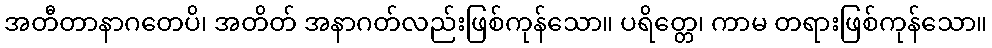
အတီတာနာဂတေပိ၊ အတိတ် အနာဂတ်လည်းဖြစ်ကုန်သော။ ပရိတ္တေ၊ ကာမ တရားဖြစ်ကုန်သော။